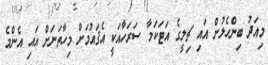
މިއަދު ބިންހެލުން އައި ޗިލީގެ އަޓަކަމާ ސަރަހާއަކީ އެޤައުމަށް މިހާތަނަށް އައި އެންމެ